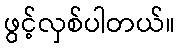
ဖွင့်လှစ်ပါတယ်။